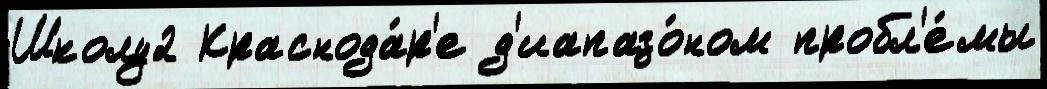
Школу2 Краснода́р'е д'иапазо́ном пробл'е́мы